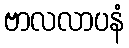
ဗာလလာပနံ